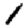
Digit: 1